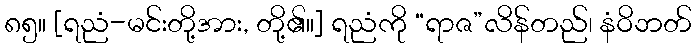
၈၅။ [ရညံ-မင်းတို့အား, တို့၏။] ရညံကို “ရာဇ”လိန်တည်၊ နံဝိဘတ်